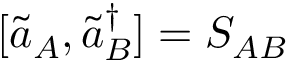
[ \tilde { a } _ { A } , \tilde { a } _ { B } ^ { \dagger } ] = S _ { A B }